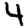
Digit: 4